Annual report of the Punjab Veterinary College and of the Civil Veterinary Department, Punjab - 1894-1908
Year: 1894
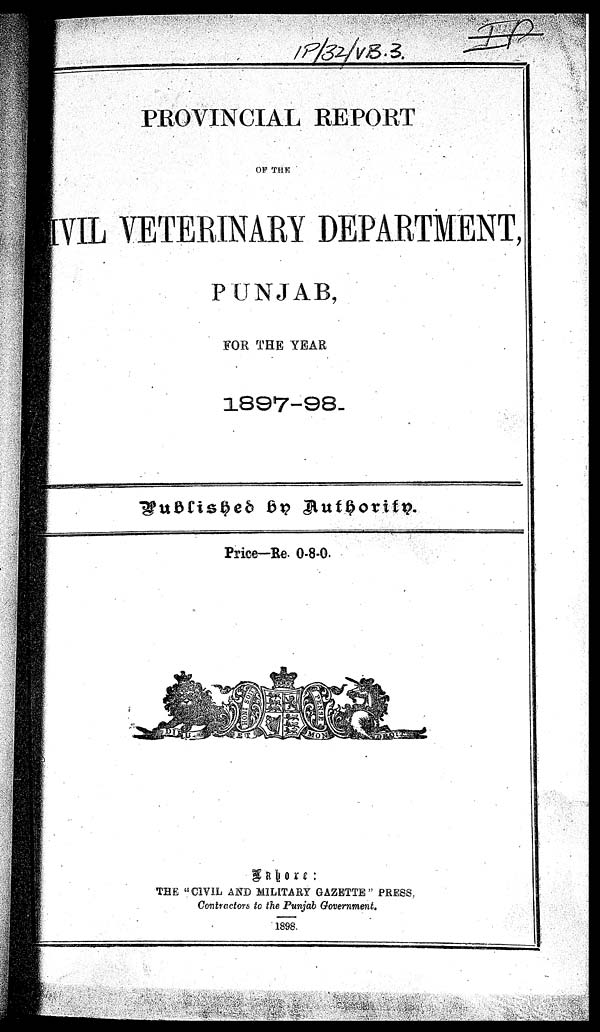
PROVINCIAL REPORT
OF THE
CIVIL VETERINARY DEPARTMENT,
PUNJAB,
FOR THE YEAR
1897-98.
Published by Authority.
Price—Re 0-8-0.
Lahore :
THE "CIVIL AND MILITARY GAZETTE" PRESS
Contractors to the Punjab Government.
1898.